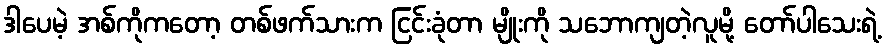
ဒါပေမဲ့ အစ်ကိုကတော့ တစ်ဖက်သားက ငြင်းခုံတာ မျိုးကို သဘောကျတဲ့လူမို့ တော်ပါသေးရဲ့